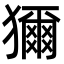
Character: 獮